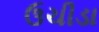
ઉચીડા